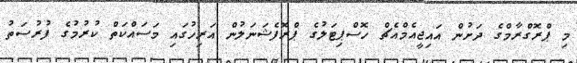
މި ޕްރޮގްރާމްގެ ދަަށުން އައިޖީއެމްއެޗް ހޮސްޕިޓަލުގެ ޕްރޮފެޝަނަލުން އަރިހުގައި މަސައްކަތް ކުރުމުގެ ފުރުސަތު